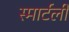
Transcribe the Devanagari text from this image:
स्मार्टली